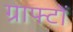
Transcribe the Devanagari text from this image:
ग्राफ्टों